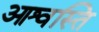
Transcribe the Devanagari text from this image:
आश्वस्ति